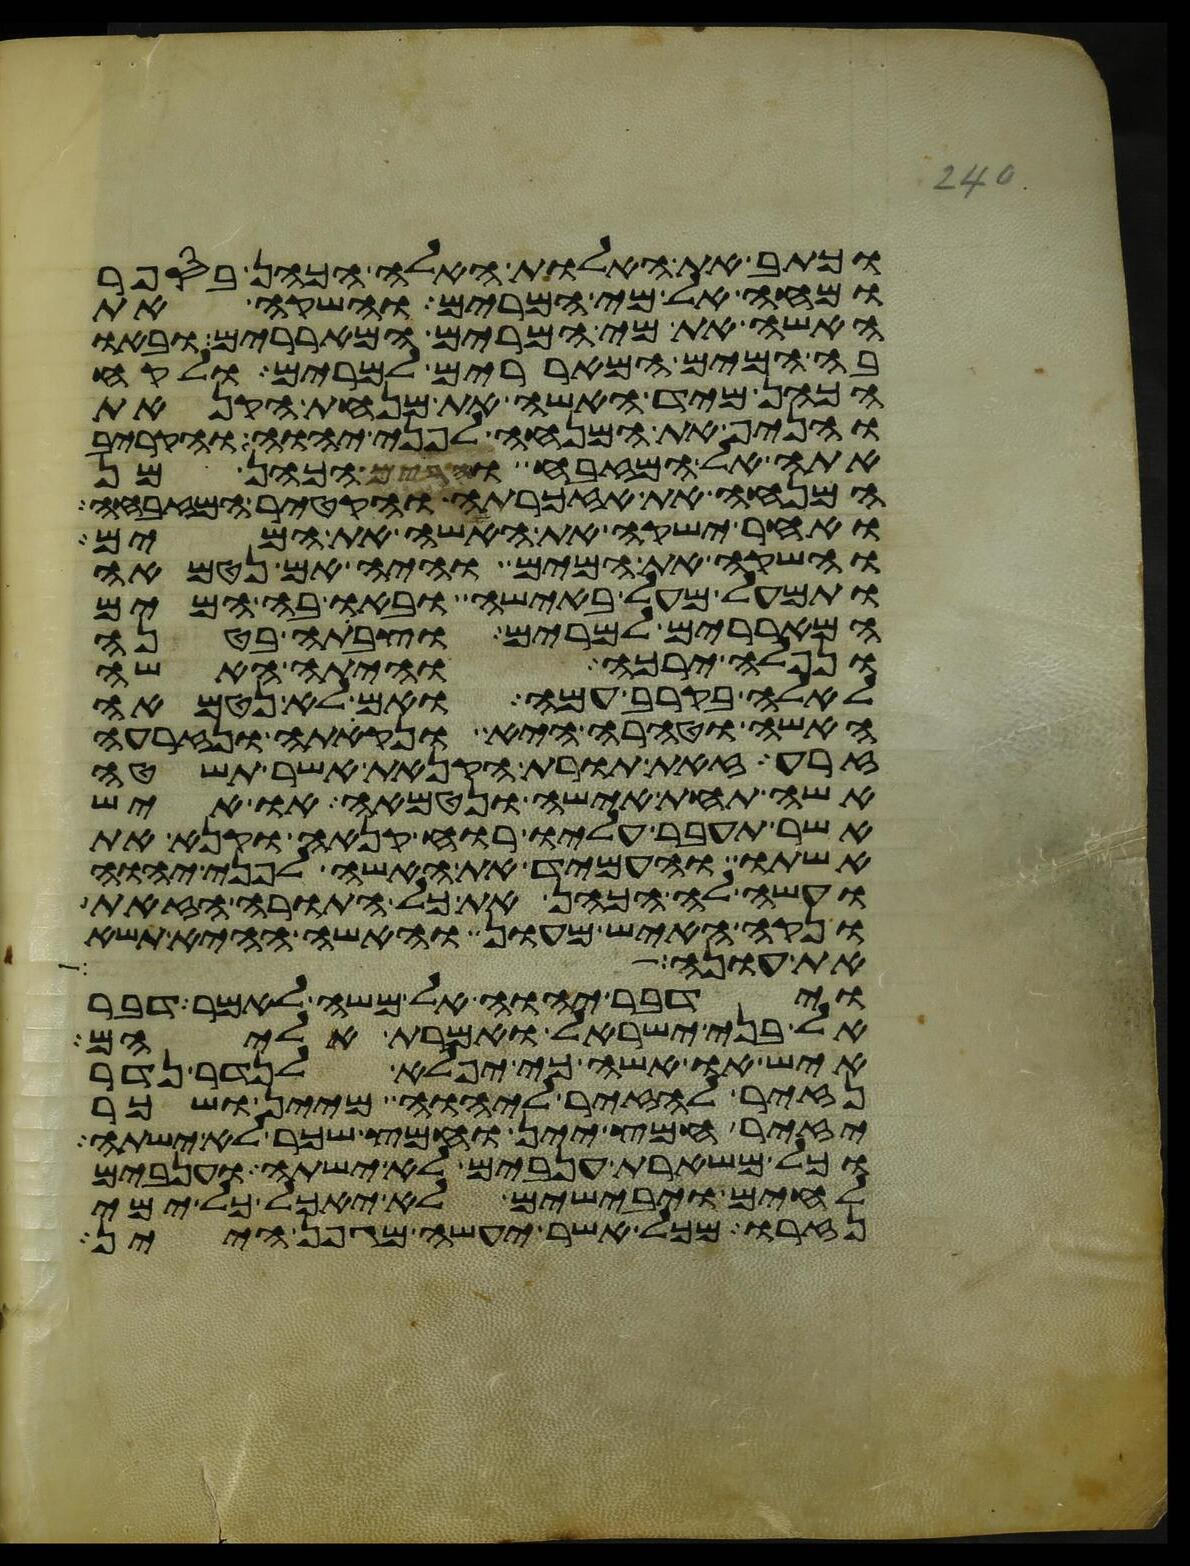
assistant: וכתב את האלות האלה הכהן בספר
ומחה אל מי המרים והשקה את
האשה את מי המרים המאררים ובאו
בה המים המאררים למרים ולקח
הכהן מיד האשה את מנחת הקנאת
והניף את המנחה לפני יהוה והקריב
אתה אל המזבח והרים הכהן מן
המנחה את אזכרתה והקטיר המזבחה
ואחר ישקה את האשה את המים
והשקה את המים והיה אם נטמאה
ותמעל מעל באישה ובאו בה המים
המאררים למרים וצבתה בטנה
ונפלה ירכה והיתה האשה
לאלה בקרב עמה ואם לא נטמאה
האשה וטהרה היא ונקתה ונזרעה
זרע זאת תורת הקנאת אשר תשטה
אשה תחת אישה ונטמאה או איש
אשר תעבר עליו רוח קנאה וקנא את
אשתו והעמיד את האשה לפני יהוה
ועשה לה הכהן את כל התורה הזאת
ונקה האיש מעון והאשה ההיא תשא
את עונה
וידבר יהוה אל משה לאמר דבר
אל בני ישראל ואמרת אליהם
איש או אשה כי יפלא לנדר נדר
נזיר להזיר ליהוה מיין ושכר
יזיר חמץ יין וחמץ שכר לא ישתה
וכל משארת ענבים לא ישתה וענבים
לחים ויבישים לא יאכל כל ימי
נזרו מכל אשר יעשה מגפן היין